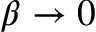
\beta \to 0